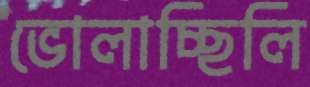
ভোলাচ্ছিলি